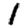
Digit: 1